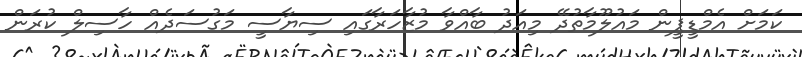
ކަމަށް އެމްޑީޕީން މައުލޫމާތުދޭ މިއަދު ބާއްވާ މުޒާހަރާގައި ސިޔާސީ މަގުސަދެއް ހާސިލް ކުރަން